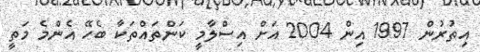
އިތުރުން 1997 އިން 2004 އަށް އިސްލާމީ ކަންތައްތަކާ ބެހޭ އެންމެ މަތީ